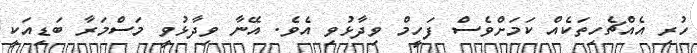
ހުރި އެއްޗެހިތަކެއް ކަމަށްވެސް ފަހީމް ވިދާޅުވި އެވެ. އޭނާ ވިދާޅުވީ މަސްމަރާ ބަޑިއަކީ